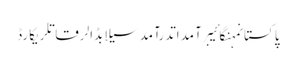
پاکستانمہنگائیبرآمداتدرآمدسیلابڈالرقاتلریکارڈ